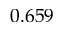
0 . 6 5 9